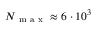
N _ { \mathrm { ~ m ~ a ~ x ~ } } \approx 6 \cdot 1 0 ^ { 3 }